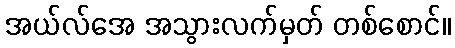
အယ်လ်အေ အသွားလက်မှတ် တစ်စောင်။